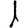
Digit: 1